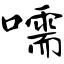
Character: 嚅